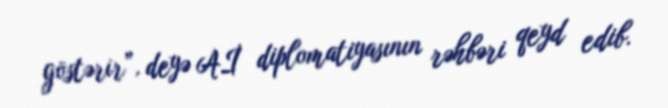
göstərir”, deyə Aİ diplomatiyasının rəhbəri qeyd edib.